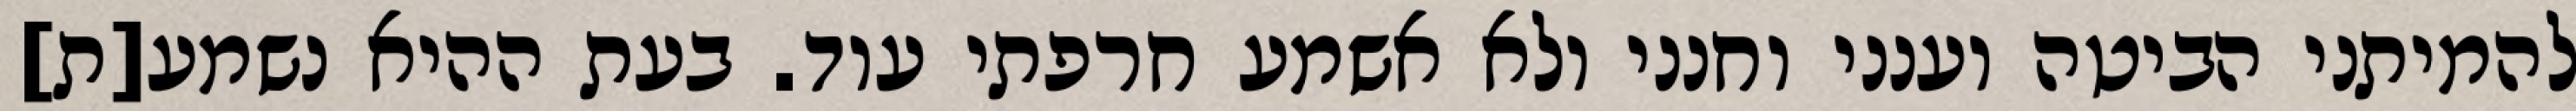
להמיתני הביטה וענני וחנני ולא אשמע חרפתי עוד. בעת ההיא נשמע[ת]